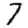
Digit: 7